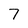
Character: 7